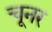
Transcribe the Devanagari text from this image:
चूनर